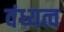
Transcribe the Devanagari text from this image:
वंध्यत्व